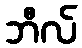
ဘီလ်